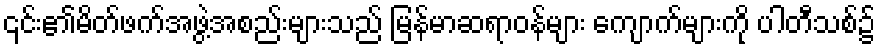
၎င်း၏မိတ်ဖက်အဖွဲ့အစည်းများသည် မြန်မာဆရာဝန်များ ကျောက်များကို ပါတီသစ်၌